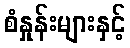
စံနှုန်းများနှင့်